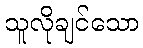
သူလိုချင်သော